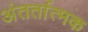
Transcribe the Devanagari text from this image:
अंतर्तात्मक